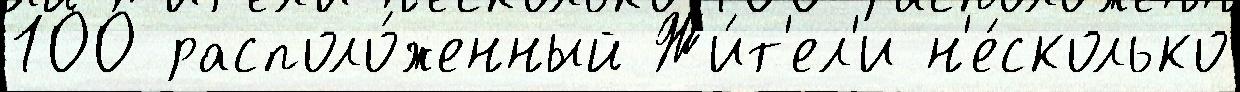
100 располо́женный Жи́т'ел'и н'е́сколько